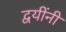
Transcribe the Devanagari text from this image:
द्वयींनी